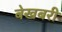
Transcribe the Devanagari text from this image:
बेखबरी